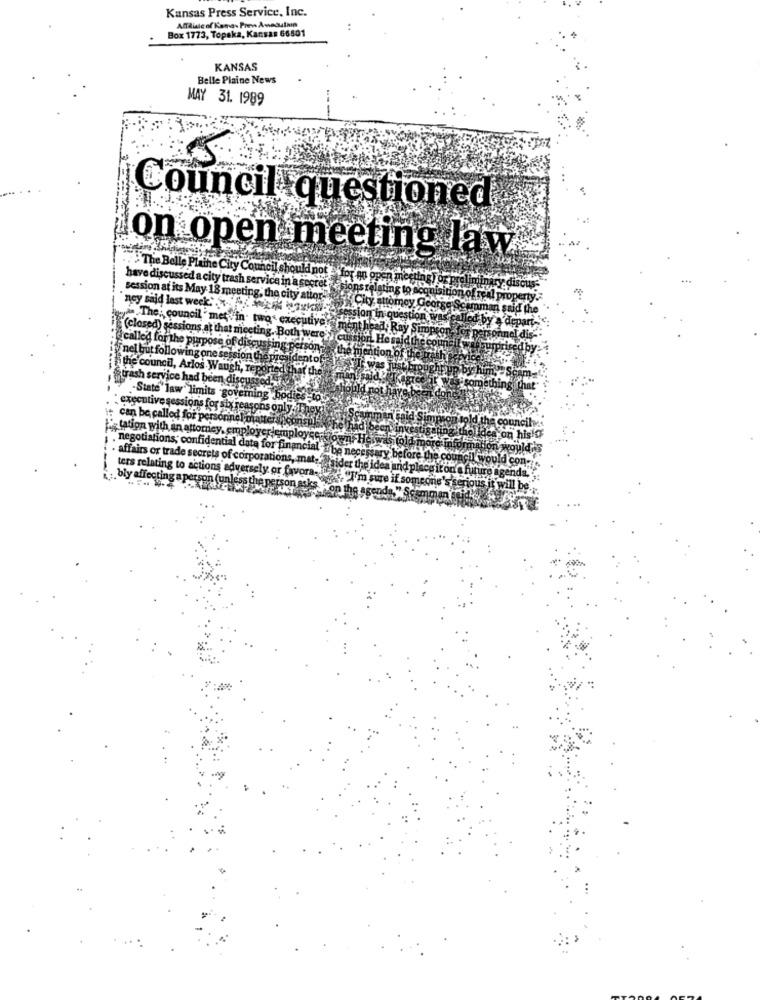
Kansas Press Service, Inc.
Box 1773, Topeka, Kansas 66801
Alfaiate of Kara- Pren Avecutan
KANSAS
Belle Plaine News
MAY 31. 1989
Council questioned
on open meeting law
have discussed a city trash service in a secret
." The Belle Plathe City Council should not for an open meetlasTo
iminiy dis
ney said last week.'
Flating to Bog
tionof real property.
session at its May 18 meeting, the city attor-est City attomey Ge
emman said the
„ʼdepa
tyas The; council " met in- two executive
(closed) sessions at that meeting. Both wer
L Hes
{called for the purpose of discussing pe
ntion
nel but following one session the presides
the council, Arlos Waugh, reported that th
trash service had been discussed,
-State law" limits -governing bodie
executive sessions for six reasons only.
can be called for personn
Scamman'said
2tation with an attorney, employer employee.
neg
otiations; confidential data for financial*
affairs or trade secrets of corporations, mat-
be nec
before
ters relating to actions adversely or favora-
sider the idea and plac
ture agend
-. bly affecting a person (unless
"I'm sure if someone's serious it will be